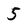
Character: 5